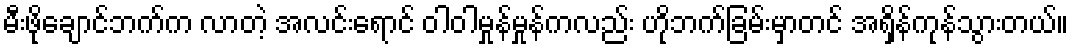
မီးဖိုချောင်ဘက်က လာတဲ့ အလင်းရောင် ဝါဝါမှုန်မှုန်ကလည်း ဟိုဘက်ခြမ်းမှာတင် အရှိန်ကုန်သွားတယ်။